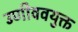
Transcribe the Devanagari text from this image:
उणीववयुक्त